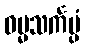
ဓမ္မသင်္ကပ္ပံ